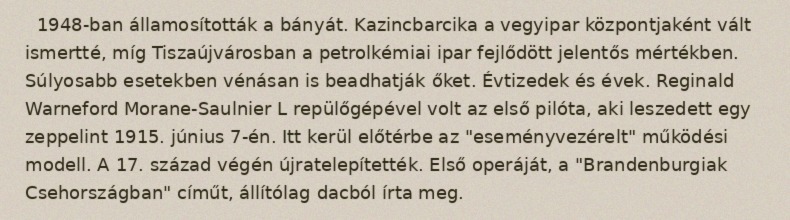
1948-ban államosították a bányát. Kazincbarcika a vegyipar központjaként vált ismertté, míg Tiszaújvárosban a petrolkémiai ipar fejlődött jelentős mértékben. Súlyosabb esetekben vénásan is beadhatják őket. Évtizedek és évek. Reginald Warneford Morane-Saulnier L repülőgépével volt az első pilóta, aki leszedett egy zeppelint 1915. június 7-én. Itt kerül előtérbe az "eseményvezérelt" működési modell. A 17. század végén újratelepítették. Első operáját, a "Brandenburgiak Csehországban" címűt, állítólag dacból írta meg.